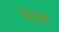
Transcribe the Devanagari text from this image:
पैलूंनी